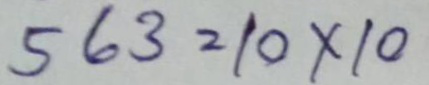
563 = 10 x 10